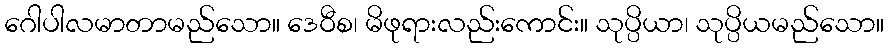
ဂေါပါလမာတာမည်သော။ ဒေဝီစ၊ မိဖုရားလည်းကောင်း။ သုပ္ပိယာ၊ သုပ္ပိယမည်သော။